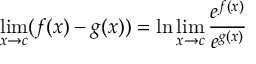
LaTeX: \operatorname* { l i m } _ { x \to c } ( f ( x ) - g ( x ) ) = \ln \operatorname* { l i m } _ { x \to c } { \frac { e ^ { f ( x ) } } { e ^ { g ( x ) } } }